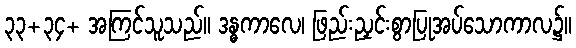
၃၃+၃၄+ အကြင်သူသည်။ ဒန္ဓကာလေ၊ ဖြည်းညှင်းစွာပြုအပ်သောကာလ၌။